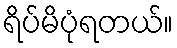
ရိပ်မိပုံရတယ်။